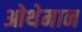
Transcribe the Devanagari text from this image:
ओथेमान